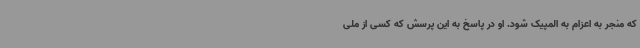
که منجر به اعزام به المپیک شود. او در پاسخ به این پرسش که کسی از ملی